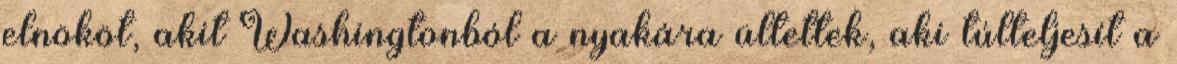
elnököt, akit Washingtonból a nyakára ültettek, aki túlteljesít a